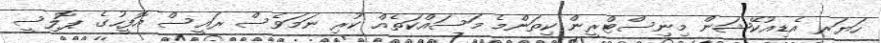
ހަޔަރ އެޑިއުކޭޝަން މިނިސްޓްރީން ކިތަންމެ މަސައްކަތެއް ކުރި ނަމަވެސް ރައީސް އޮފީހުގެ ޕޮލިސީ